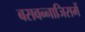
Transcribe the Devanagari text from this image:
बसवन्नाजिसमें